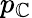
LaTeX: p_{\mathbb{C}}